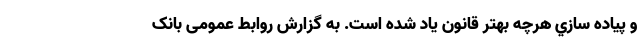
و پياده سازي هرچه بهتر قانون ياد شده است. به گزارش روابط عمومی بانک